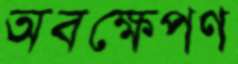
অবক্ষেপণ